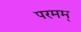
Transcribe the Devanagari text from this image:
परमम्